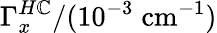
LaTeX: \Gamma_{x}^{H\mathbb{C}}/(10^{-3}\; \mathrm{{cm}}^{-1})